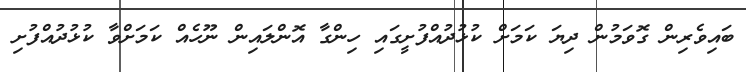
ބައިވެރިން ގޮވަމުން ދިޔަ ކަމަށް ކުޅުދުއްފުށީގައި ހިންގާ އޮންލައިން ނޫހެއް ކަަމަށްވާ ކުޅުދުއްފުށި